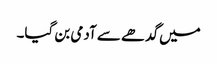
میں گدھے سے آدمی بن گیا۔